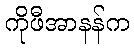
ကိုဖီအာနန်က